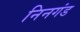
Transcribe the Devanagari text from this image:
निनगंड